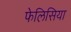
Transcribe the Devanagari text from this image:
फेलिसिया